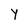
Character: Y